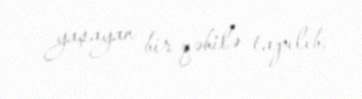
yaşayan bir qəbilə tapılıb.